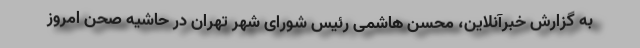
به گزارش خبرآنلاین، محسن هاشمی رئیس شورای شهر تهران در حاشیه صحن امروز